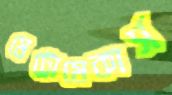
মেট্রোমেকার্স